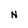
Character: N